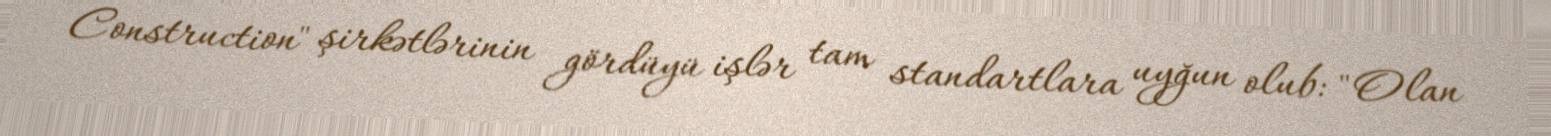
Construction" şirkətlərinin gördüyü işlər tam standartlara uyğun olub: "Olan